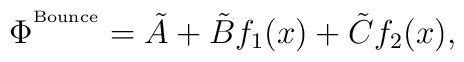
\Phi^{^{\rm Bounce}} = \tilde{A} + \tilde{B} f_1(x)+\tilde{C} f_2(x),